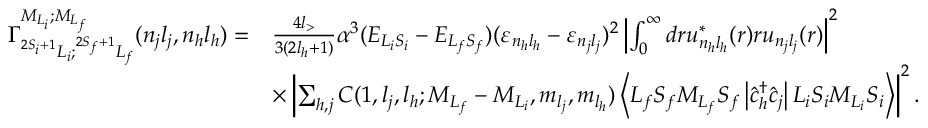
\begin{array} { r l } { { \Gamma } _ { ^ { 2 S _ { i } + 1 } L _ { i } ; ^ { 2 S _ { f } + 1 } L _ { f } } ^ { { M } _ { { L } _ { i } } ; { M } _ { { L } _ { f } } } ( n _ { j } l _ { j } , n _ { h } l _ { h } ) = } & { \frac { 4 l _ { > } } { 3 ( 2 l _ { h } + 1 ) } \alpha ^ { 3 } ( { E } _ { L _ { i } S _ { i } } - { E } _ { L _ { f } S _ { f } } ) { ( { \varepsilon } _ { n _ { h } l _ { h } } - { \varepsilon } _ { n _ { j } l _ { j } } ) ^ { 2 } } \left\vert \int _ { 0 } ^ { \infty } d r { u } _ { n _ { h } { l } _ { h } } ^ { \ast } ( r ) r { u } _ { { n _ { j } } { l _ { j } } } ( r ) \right\vert ^ { 2 } } \\ & { \times \left\vert \sum _ { h , j } C ( 1 , { l } _ { j } , l _ { h } ; { M } _ { { L } _ { f } } - { M } _ { { L } _ { i } } , { m } _ { { l } _ { j } } , { m } _ { l _ { h } } ) \ensuremath { \left\langle { L } _ { f } { S } _ { f } { M } _ { { L } _ { f } } { { S } _ { f } } \left\lvert { \hat { c } } _ { h } ^ { \dagger } { \hat { c } } _ { j } \right\rvert { L } _ { i } { S } _ { i } { M } _ { { L } _ { i } } { S } _ { i } \right\rangle } \right\vert ^ { 2 } . } \end{array}